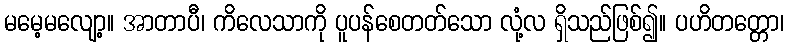
မမေ့မလျော့။ အာတာပီ၊ ကိလေသာကို ပူပန်စေတတ်သော လုံ့လ ရှိသည်ဖြစ်၍။ ပဟိတတ္တော၊